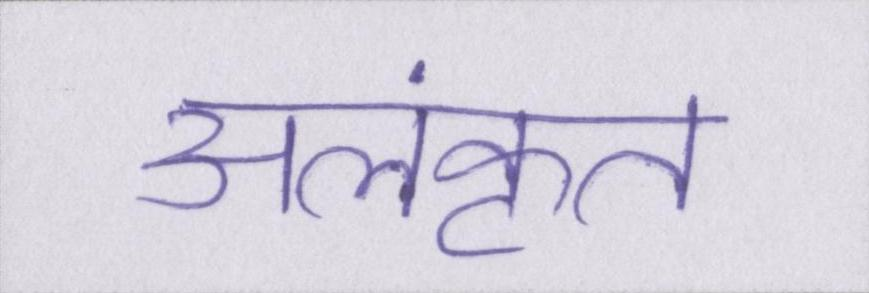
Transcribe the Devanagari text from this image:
अलंकृत